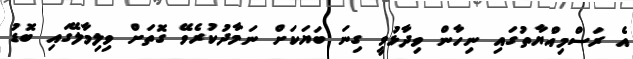
އެ ރަސްމިއްޔާތުގައި ނިހާން ވިދާޅުވީ ގިނަ ބަޔަކަށް ނަމާދުކުރެވޭ ގޮތަށް ވިލިމާލޭގައި ބޮޑު